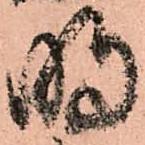
明